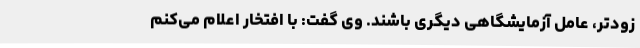
زودتر، عامل آزمایشگاهی دیگری باشند. وی گفت: با افتخار اعلام می‌کنم